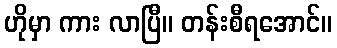
ဟိုမှာ ကား လာပြီ။ တန်းစီရအောင်။